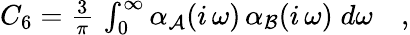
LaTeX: \begin{array}{r}{C_{6}=\frac{3}{\pi}\, \int_{0}^{\infty}\alpha_{\mathcal{A}}(i\, \omega)\, \alpha_{\mathcal{B}}(i\, \omega)\; d\omega\quad,}\end{array}